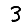
Digit: 3